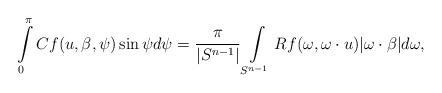
LaTeX: \begin{align*}\int\limits_0^\pi Cf(u,\beta,\psi)\sin\psi d\psi= \frac{\pi}{|S^{n-1}|}\int\limits_{S^{n-1}} Rf(\omega,\omega\cdot u)|\omega\cdot \beta |d\omega,\end{align*}